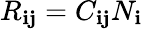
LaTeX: R_{\mathbf{i}\mathbf{j}}=C_{\mathbf{i}\mathbf{j}}N_{\mathbf{i}}